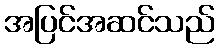
အပြင်အဆင်သည်